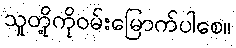
သူတို့ကိုဝမ်းမြောက်ပါစေ။